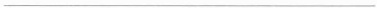
___